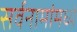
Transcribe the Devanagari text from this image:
सर्वनामांमध्ये